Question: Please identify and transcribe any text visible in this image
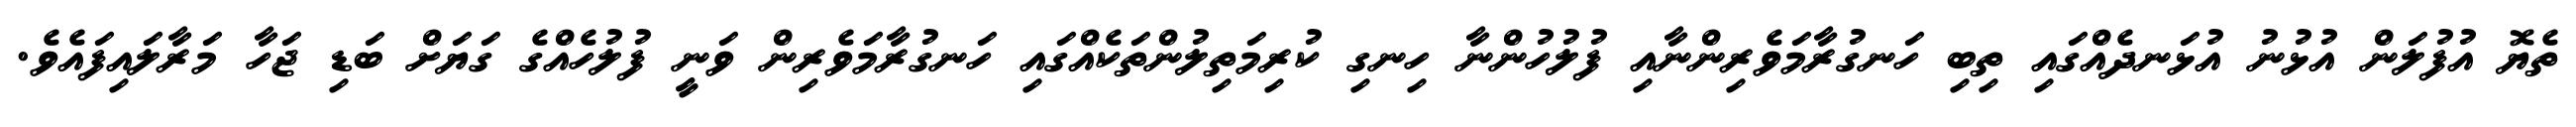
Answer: ތެޔޮ އުފުލަން އުޅުނު އުޅަނދެއްގައި ތިބި ހަނގުރާމަވެރިންނާއި ފުލުހުންނާ ހިނގި ކުރިމަތިލުންތަކެއްގައި ހަނގުރާމަވެރިން ވަނީ ފުލުހެއްގެ ގަޔަށް ބަޑި ޖަހާ މަރާލައިފައެވެ.